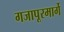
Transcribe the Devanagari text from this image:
गजापूरमार्गे